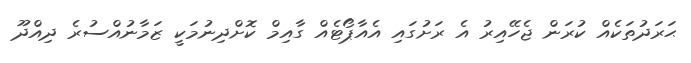
ޙަރަދުތަކެއް ކުރަން ޖެހޭއިރު އެ ރަށުގައި އެއާޕޯޓެއް ގާއިމް ކޮށްދިނުމަކީ ޒަމާނުއްސުރެ ދިއްދޫ